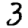
Digit: 3